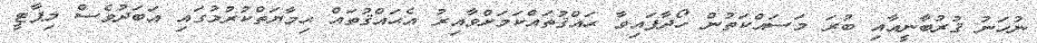
ނުހަނު ޤުރުބާނީއާއި ބުރަ މަސައްކަތުން ހޯދާފައިވާ ޙައްޤުތައްކަމަށްވާއިރު އެޙައްޤުތައް ޙިމާޔަތްކުރުމުގައި އަބަދުވެސް މިޕާޓީ